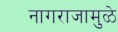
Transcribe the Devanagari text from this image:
नागराजामुळे